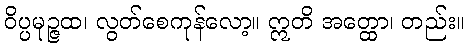
ဝိပ္ပမုဉ္ဇထ၊ လွတ်စေကုန်လော့။ ဣတိ အတ္ထော၊ တည်း။